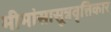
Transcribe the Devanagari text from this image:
मीमांसासूत्रवृत्तिकार